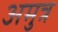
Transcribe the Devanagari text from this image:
अमुत्र